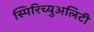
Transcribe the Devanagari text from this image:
स्पिरिच्युअलिटी